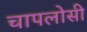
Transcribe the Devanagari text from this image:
चापलोसी